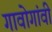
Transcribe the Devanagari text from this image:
गावोगांवी